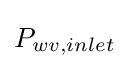
P_{wv,inlet}